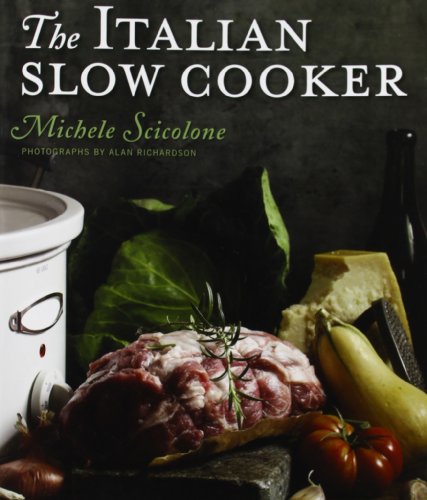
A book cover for The Italian Slow Cooker; Michele Scicolone; Cookbooks, Food & Wine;